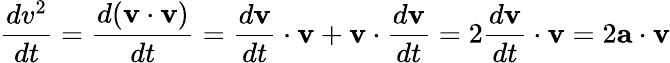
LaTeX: {\frac{dv^{2}}{dt}}={\frac{d(\mathbf{v}\cdot\mathbf{v})}{dt}}={\frac{d\mathbf{v}}{dt}}\cdot\mathbf{v}+\mathbf{v}\cdot{\frac{d\mathbf{v}}{dt}}=2{\frac{d\mathbf{v}}{dt}}\cdot\mathbf{v}=2\mathbf{a}\cdot\mathbf{v}